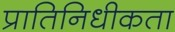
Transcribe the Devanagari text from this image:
प्रातिनिधीकता